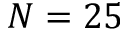
N = 2 5